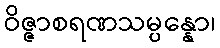
ဝိဇ္ဇာစရဏသမ္ပန္နော၊